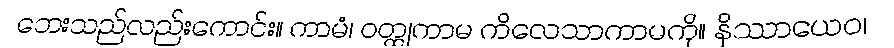
ဘေးသည်လည်းကောင်း။ ကာမံ၊ ဝတ္ထုကာမ ကိလေသာကာမကို။ နိဿာယေဝ၊